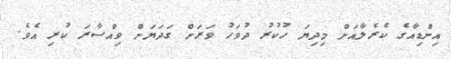
އިންޑިއާގެ ކެރެލާއަށް މިދިޔަ ހުކުރު ދުވަހު ވަރަށް ގަދަޔަށް ވިއްސާރަ ކުރި އެވެ.